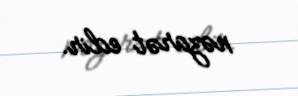
nəzarət edir.